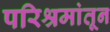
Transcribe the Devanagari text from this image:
परिश्रमांतून